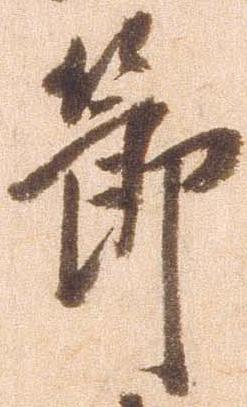
節